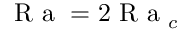
\mathrm { ~ R ~ a ~ } = 2 \mathrm { ~ R ~ a ~ } _ { c }